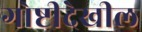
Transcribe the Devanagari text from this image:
गोष्टीदेखील